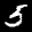
Label: 5